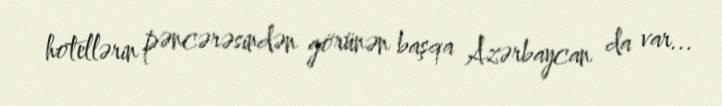
hotellərin pəncərəsindən görünən başqa Azərbaycan da var...